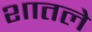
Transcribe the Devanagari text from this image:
शातले